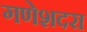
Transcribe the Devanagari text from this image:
गणेशदरा